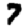
Digit: 7